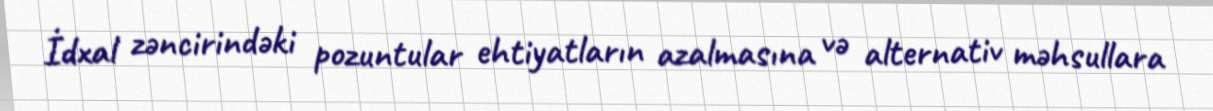
İdxal zəncirindəki pozuntular ehtiyatların azalmasına və alternativ məhsullara